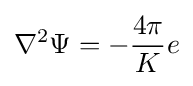
\nabla ^{2}\Psi =-{\frac {4\pi }{K}}e